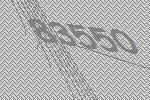
83550